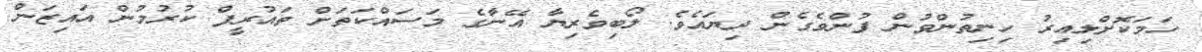
ހަމަކޮށްލިއިރު ހިނިތުންވުން ފުންވެގެން ދިޔައެވެ. ލޯބިވެރިޔާ އޭނާގެ މަސައްކަތަށް ތައުރީފް ކުރުމުން އައިޒަން